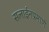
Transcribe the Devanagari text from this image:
सलाईनप्रमाणे